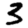
Digit: 3